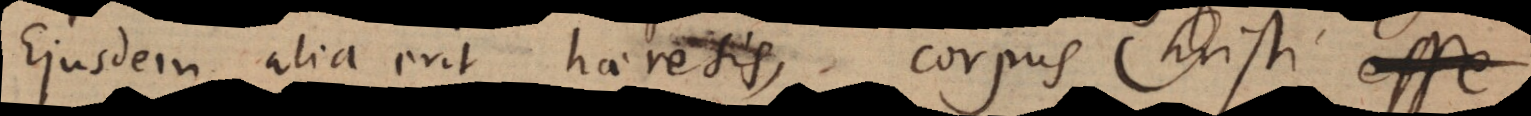
Ejusdem alia erit haeresis, corpus Christi